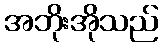
အဘိုးအိုသည်